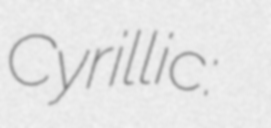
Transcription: Cyrillic: Павле